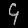
Digit: ၄